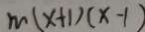
m ( x + 1 ) ( x - 1 )